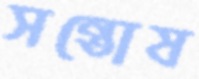
সন্তোষ